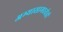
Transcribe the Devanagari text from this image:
अभ्यासामध्येही